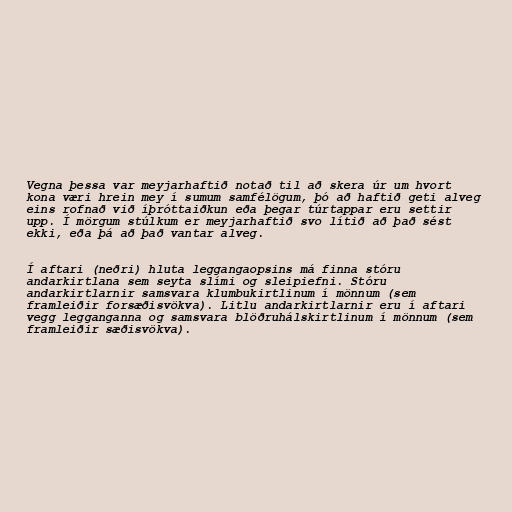
Vegna þessa var meyjarhaftið notað til að skera úr um hvort
kona væri hrein mey í sumum samfélögum, þó að haftið geti alveg
eins rofnað við íþróttaiðkun eða þegar túrtappar eru settir
upp. Í mörgum stúlkum er meyjarhaftið svo lítið að það sést
ekki, eða þá að það vantar alveg.

Í aftari (neðri) hluta leggangaopsins má finna stóru
andarkirtlana sem seyta slími og sleipiefni. Stóru
andarkirtlarnir samsvara klumbukirtlinum í mönnum (sem
framleiðir forsæðisvökva). Litlu andarkirtlarnir eru í aftari
vegg legganganna og samsvara blöðruhálskirtlinum í mönnum (sem
framleiðir sæðisvökva).